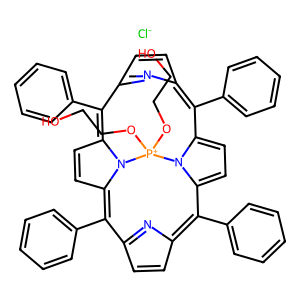
SMILES: OCCO[P+]1(OCCO)n2c3ccc2C(c2ccccc2)=C2C=CC(=N2)C(c2ccccc2)=c2ccc(n21)=C(c1ccccc1)C1=NC(=C3c2ccccc2)C=C1.[Cl-]
Inhibits HIV replication: No